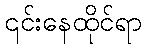
၎င်းနေထိုင်ရာ